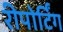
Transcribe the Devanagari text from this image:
रीपोर्टिंग